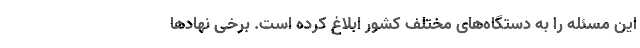
این مسئله را به دستگاه‌های مختلف کشور ابلاغ کرده است. برخی نهادها